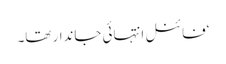
‘فائنل انتہائی جاندار تھا۔